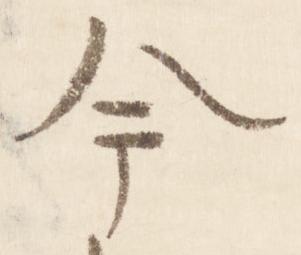
今